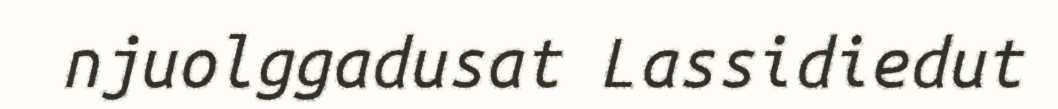
njuolggadusat Lassidiedut